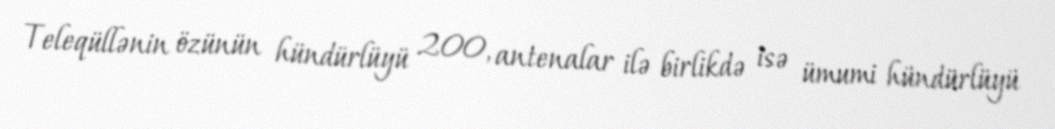
Teleqüllənin özünün hündürlüyü 200, antenalar ilə birlikdə isə ümumi hündürlüyü